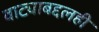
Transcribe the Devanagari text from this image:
वाट्याबद्दलही